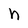
Character: h